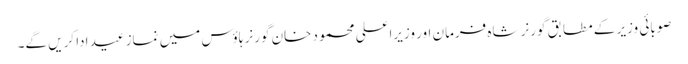
صوبائی وزیر کے مطابق گورنر شاہ فرمان اور وزیراعلی محمود خان گورنر ہاؤس میں نماز عید ادا کریں گے۔